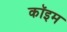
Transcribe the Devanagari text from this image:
कॉइम